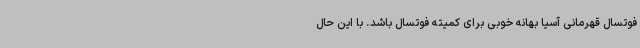
فوتسال قهرمانی آسیا بهانه خوبی برای کمیته فوتسال باشد. با این حال